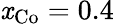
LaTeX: \mathit{x}_{\mathrm{{{Co}}}}=0.4